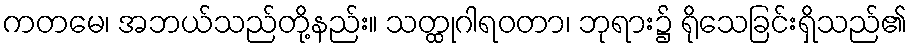
ကတမေ၊ အဘယ်သည်တို့နည်း။ သတ္ထုဂါရဝတာ၊ ဘုရား၌ ရိုသေခြင်းရှိသည်၏